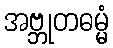
အဗ္ဘုတဓမ္မံ